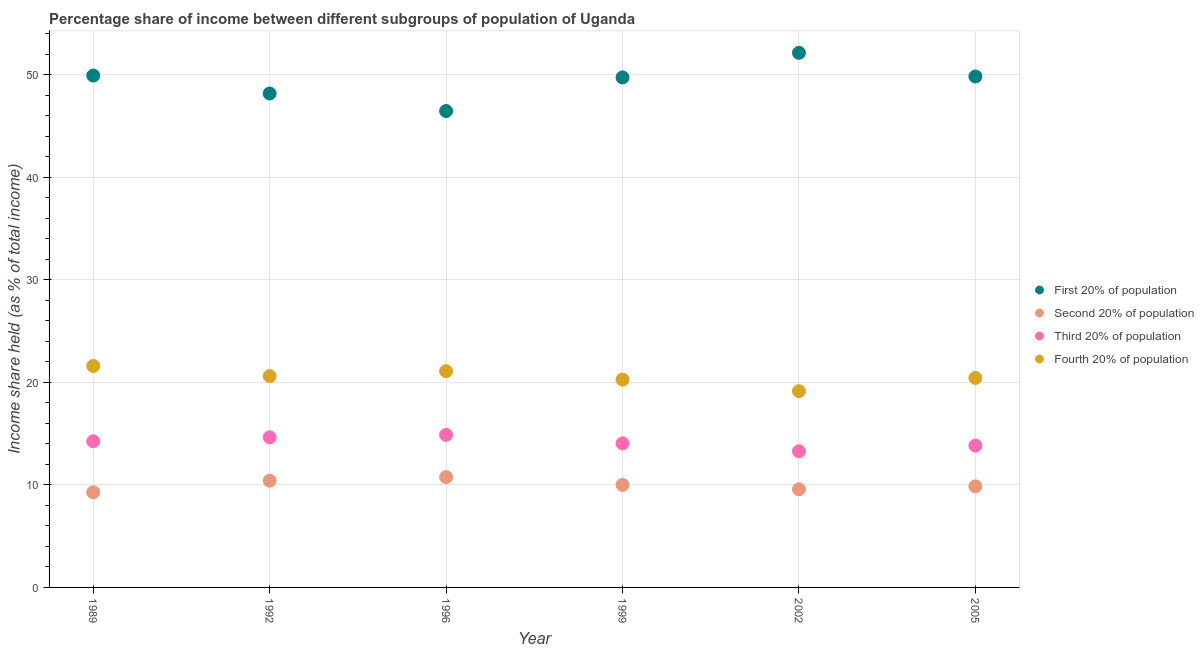
| Year | First 20% of population | Second 20% of population | Third 20% of population | Fourth 20% of population |
 | --- | --- | --- | --- | --- |
 | 1989 | 49.9 | 9.28 | 14.2 | 21.6 |
 | 1992 | 48.2 | 10.4 | 14.6 | 20.6 |
 | 1996 | 46.5 | 10.8 | 14.9 | 21.1 |
 | 1999 | 49.7 | 10 | 14.1 | 20.3 |
 | 2002 | 52.1 | 9.57 | 13.3 | 19.1 |
 | 2005 | 49.8 | 9.86 | 13.8 | 20.4 |